Civil Veterinary Dept. Bombay admin report 1907-1913 - 1907-1913
Year: 1907
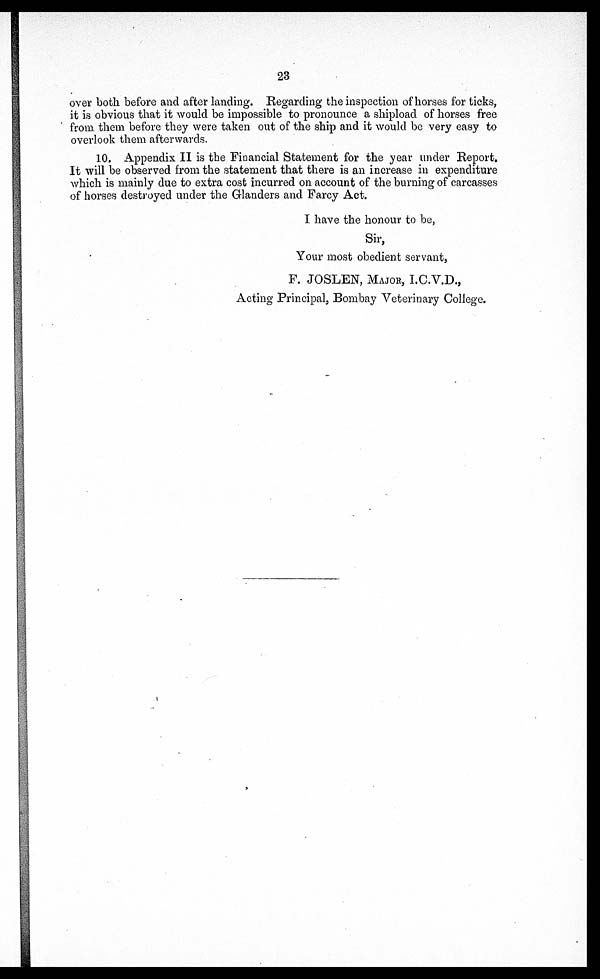
23
over both before and after landing. Regarding the inspection of horses for ticks,
it is obvious that it would be impossible to pronounce a shipload of horses free
from them before they were taken out of the ship and it would be very easy to
overlook them afterwards.
10. Appendix II is the Financial Statement for the year under Report.
It will be observed from the statement that there is an increase in expenditure
which is mainly due to extra cost incurred on account of the burning of carcasses
of horses destroyed under the Glanders and Farcy Act.
I have the honour to be,
Sir,
Your most obedient servant,
F. JOSLEN, MAJOR, I.C.V.D.,
Acting Principal, Bombay Veterinary College.